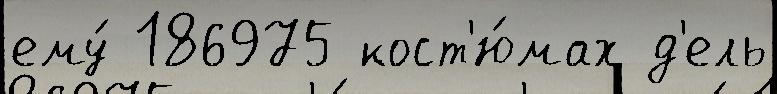
ему́ 186975 кост'ю́мах д'ель